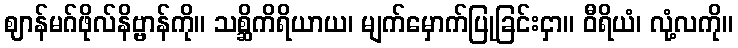
ဈာန်မဂ်ဖိုလ်နိဗ္ဗာန်ကို။ သစ္ဆိကိရိယာယ၊ မျက်မှောက်ပြုခြင်းငှာ။ ဝီရိယံ၊ လုံ့လကို။